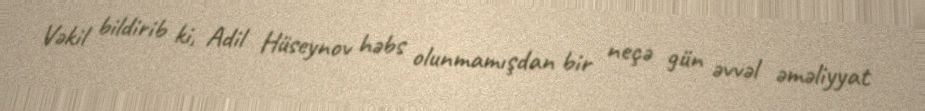
Vəkil bildirib ki, Adil Hüseynov həbs olunmamışdan bir neçə gün əvvəl əməliyyat